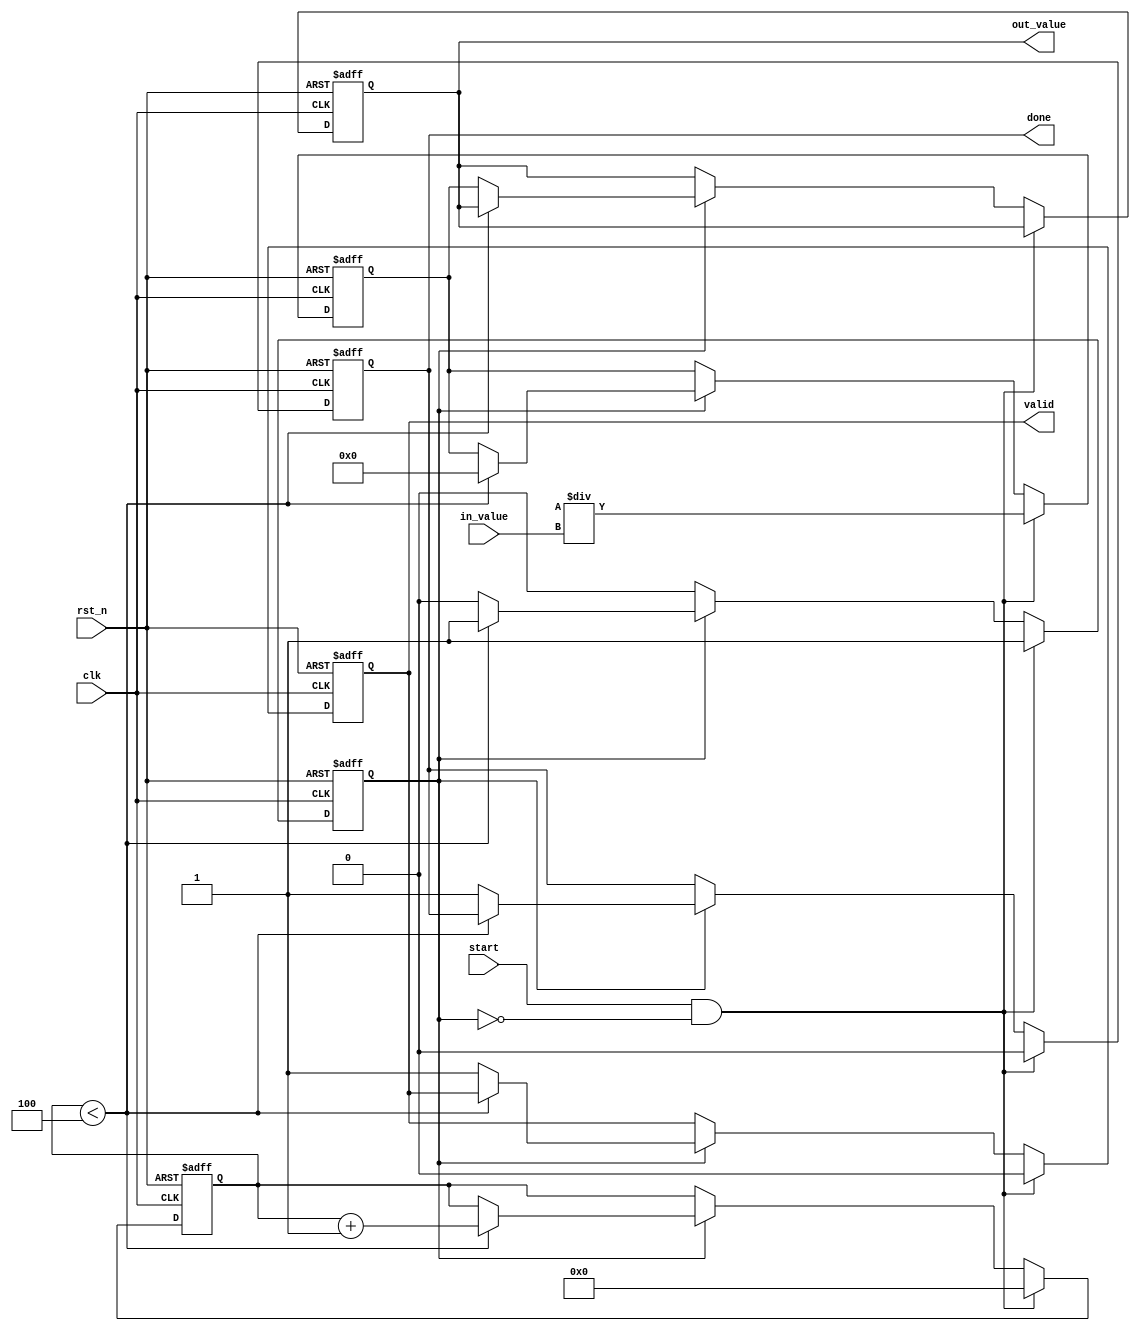
module DirectReciprocalUnit (
    input wire clk,              // Clock signal
    input wire rst_n,            // Active low reset
    input wire start,            // Start signal to initiate computation
    input wire [15:0] in_value,  // Input value (fixed-point representation)
    output reg [15:0] out_value, // Output value (reciprocal)
    output reg done,             // Done signal
    output reg valid             // Valid signal
);

    reg [15:0] x;                // Current approximation of the reciprocal
    reg [3:0] count;             // Iteration counter
    reg in_progress;             // Flag to indicate if computation is in progress

    // Constants for the Newton-Raphson method
    parameter [15:0] ONE = 16'h0001;   // Fixed-point representation of 1
    parameter [15:0] TWO = 16'h0002;   // Fixed-point representation of 2
    parameter [15:0] MAX_ITER = 4;     // Maximum number of iterations

    // Sequential logic for processing
    always @(posedge clk or negedge rst_n) begin
        if (!rst_n) begin
            out_value <= 16'h0000;
            done <= 0;
            valid <= 0;
            x <= 16'h0000;
            count <= 0;
            in_progress <= 0;
        end else begin
            if (start && !in_progress) begin
                // Initialize the approximation
                x <= (ONE << 16) / in_value; // Initial guess: 1 / in_value
                count <= 0;
                in_progress <= 1;
                done <= 0;
                valid <= 0;
            end else if (in_progress) begin
                // Perform the Newton-Raphson iteration
                if (count < MAX_ITER) begin
                    x <= x * (TWO - in_value * x) >> 16; // Update approximation
                    count <= count + 1;
                end else begin
                    // Finish computation
                    out_value <= x;
                    done <= 1;
                    valid <= 1;
                    in_progress <= 0;
                end
            end
        end
    end

endmodule